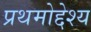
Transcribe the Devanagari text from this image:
प्रथमोद्देश्य